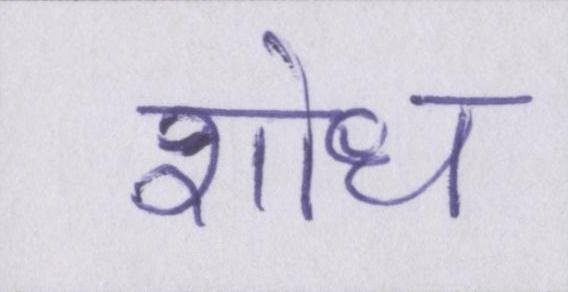
शोध